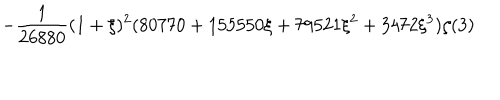
\displaystyle - \frac { 1 } { 2 6 8 8 0 } ( 1 + \xi ) ^ { 2 } ( 8 0 7 7 0 + 1 5 5 5 5 0 \xi + 7 9 5 2 1 \xi ^ { 2 } + 3 4 7 2 \xi ^ { 3 } ) \zeta ( 3 )